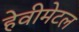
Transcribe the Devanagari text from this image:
हेवीमेटल